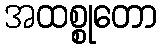
အထစ္စုတော